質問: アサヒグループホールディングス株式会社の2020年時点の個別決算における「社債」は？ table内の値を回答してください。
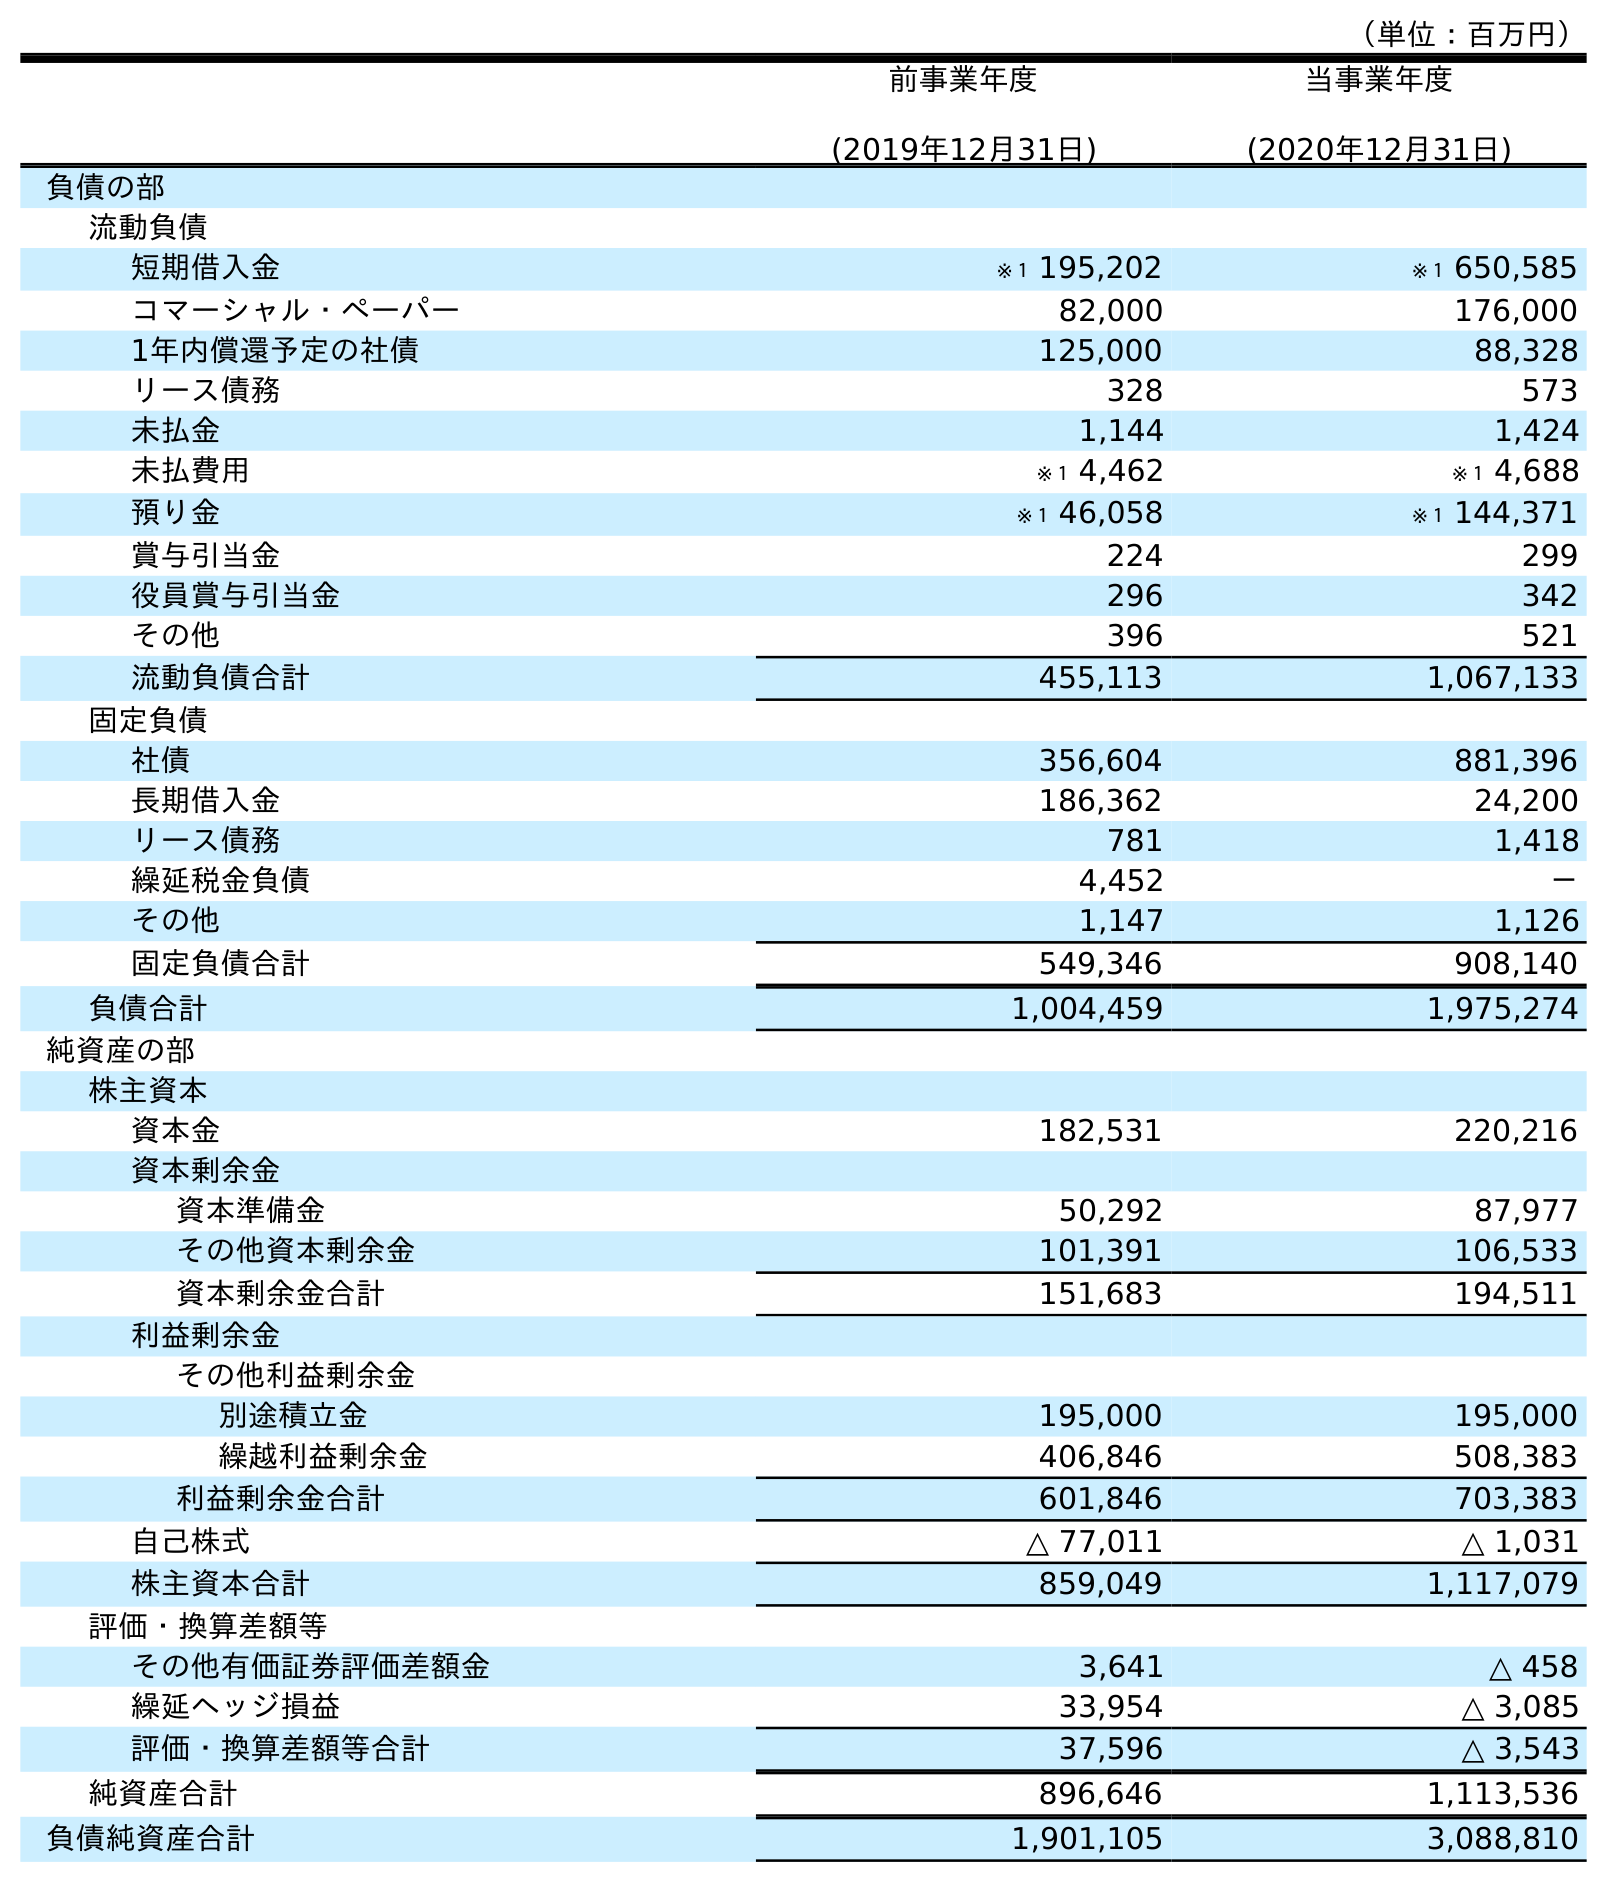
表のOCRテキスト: （単位：百万円） 前事業年度 (2019年12月31日) 当事業年度 (2020年12月31日) 負債の部 流動負債 短期借入金 ※１ 195,202 ※１ 650,585 コマーシャル・ペーパー 82,000 176,000 1年内償還予定の社債 125,000 88,328 リース債務 328 573 未払金 1,144 1,424 未払費用 ※１ 4,462 ※１ 4,688 預り金 ※１ 46,058 ※１ 144,371 賞与引当金 224 299 役員賞与引当金 296 342 その他 396 521 流動負債合計 455,113 1,067,133 固定負債 社債 356,604 881,396 長期借入金 186,362 24,200 リース債務 781 1,418 繰延税金負債 4,452 － その他 1,147 1,126 固定負債合計 549,346 908,140 負債合計 1,004,459 1,975,274 純資産の部 株主資本 資本金 182,531 220,216 資本剰余金 資本準備金 50,292 87,977 その他資本剰余金 101,391 106,533 資本剰余金合計 151,683 194,511 利益剰余金 その他利益剰余金 別途積立金 195,000 195,000 繰越利益剰余金 406,846 508,383 利益剰余金合計 601,846 703,383 自己株式 △ 77,011 △ 1,031 株主資本合計 859,049 1,117,079 評価・換算差額等 その他有価証券評価差額金 3,641 △ 458 繰延ヘッジ損益 33,954 △ 3,085 評価・換算差額等合計 37,596 △ 3,543 純資産合計 896,646 1,113,536 負債純資産合計 1,901,105 3,088,810
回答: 881,396